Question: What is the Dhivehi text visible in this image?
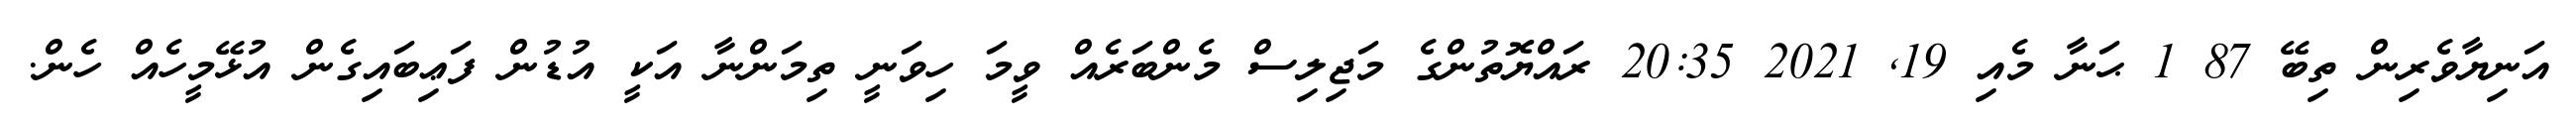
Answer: އަނިޔާވެރިން ތިބޭ 87 1 ޙަނާ މެއި 19, 2021 20:35 ރައްޔޮތުންގެ މަޖިލިސް މެންބަރެއް ވީމަ ހިވަނީ ތިމަންނާ އަކީ އުޑުން ފަޢިބައިގެން އުޅޭމީހެއް ހެން.